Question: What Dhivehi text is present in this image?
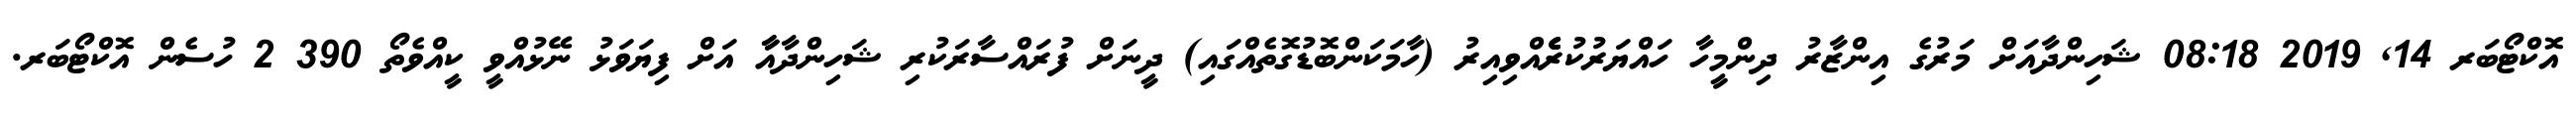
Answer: އޮކްޓޯބަރ 14, 2019 08:18 ޝަހިންދާއަށް މަރުގެ އިންޒާރު ދިންމީހާ ހައްޔަރުކުރެެެެެއްވިއިރު (ހާމަކަންބޮޑުގޮތެއްގައި) ދީނަށް ފުރައްސާރަކުރި ޝަހިންދާއާާ އަށް ފިޔަވަޅު ނޭޅުއްވީ ކީއްވެތޯ 390 2 ހުސެން އޮކްޓޯބަރ.